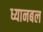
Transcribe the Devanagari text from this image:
ध्यानबल